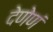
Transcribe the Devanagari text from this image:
देणेणं